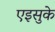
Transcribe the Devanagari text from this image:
एइसुके